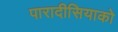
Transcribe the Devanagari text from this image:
पारादीसियाको